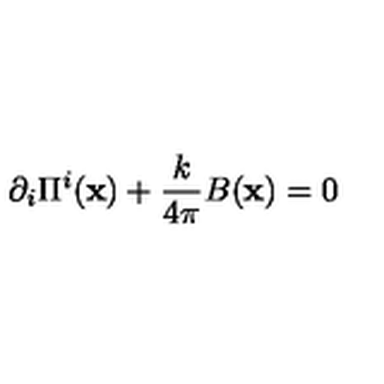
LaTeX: \partial _ { i } \Pi ^ { i } ( { \bf x } ) + \frac { k } { 4 \pi } B ( { \bf x } ) = 0